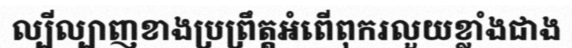
ល្បីល្បាញខាងប្រព្រឹត្តអំពើពុករលួយខ្លាំងជាង